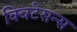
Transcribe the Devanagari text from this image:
क्विटेसन्स